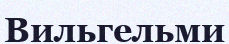
Вильгельми